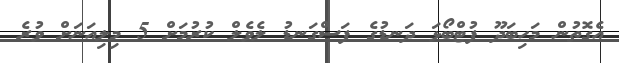
އެގޮތުން މަހިބަދޫ ފުޓްބޯޅަ ދަނޑުގެ ފަސްގަނޑު ލެވެލް ކުރުމަށް 5 މިލިއަނަށް ވުރެ